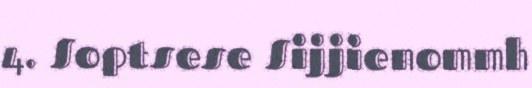
4. Soptsese Sijjienommh